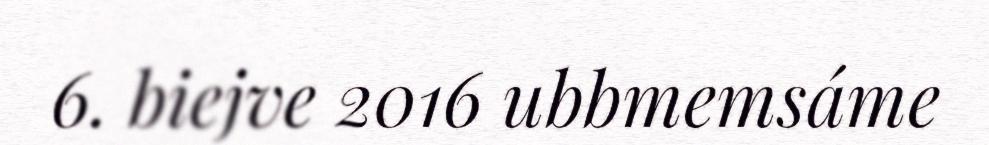
6. biejve 2016 ubbmemsáme